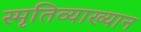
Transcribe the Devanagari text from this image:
स्मृतिव्याख्यान